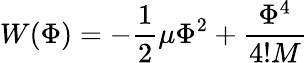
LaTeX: W(\Phi)=-{\frac{1}{2}}\mu\Phi^{2}+{\frac{\Phi^{4}}{4!M}}